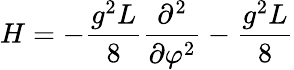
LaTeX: H=-\frac{g^{2}L}{8}\frac{\partial^{2}}{\partial\varphi^{2}}-\frac{g^{2}L}{8}